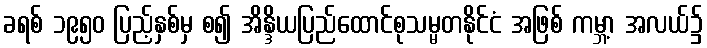
ခရစ် ၁၉၅၀ ပြည့်နှစ်မှ စ၍ အိန္ဒိယပြည်ထောင်စုသမ္မတနိုင်ငံ အဖြစ် ကမ္ဘာ့ အလယ်၌